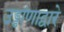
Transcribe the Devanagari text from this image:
उड्डांणाद्वारे